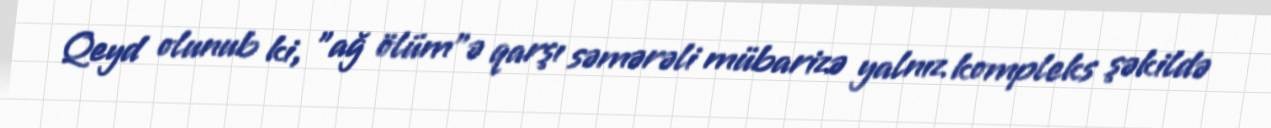
Qeyd olunub ki, "ağ ölüm"ə qarşı səmərəli mübarizə yalnız kompleks şəkildə